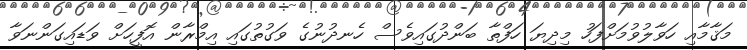
މަޤާމާއި ހަވާލުވުމަށްފަހު މިދިޔަ ހަފްތާ ބަންދުގައިވެސް ހެނދުނުގެ ވަގުތުގައި އިމްރާން އޮފީހަށް ވަޑައިގަންނަވާ